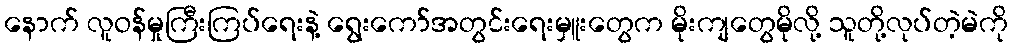
နောက် လူဝန်မှုကြီးကြပ်ရေးနဲ့ ရွေးကော်အတွင်းရေးမှူးတွေက မိုးကျတွေမိုလို့ သူတို့လုပ်တဲ့မဲကို